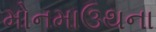
મોનમાઉથના